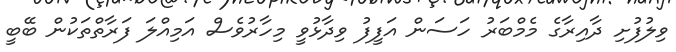
ވިލުފުށި ދާއިރާގެ މެމްބަރު ހަސަން އަފީފު ވިދާޅުވީ މިހާރުވެސް އަމިއްލަ ފަރާތްތަކުން ބޭބީ